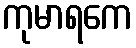
ကုမာရကေ